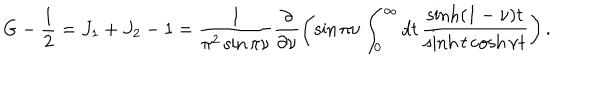
G - { \frac { 1 } { 2 } } = J _ { 1 } + J _ { 2 } - 1 = \frac { 1 } { \pi ^ { 2 } \sin \pi \nu } \frac { \partial } { \partial \nu } \left( \sin \pi \nu \int _ { 0 } ^ { \infty } d t \, \frac { \sinh ( 1 - \nu ) t } { \sinh t \cosh \nu t } \right) .